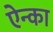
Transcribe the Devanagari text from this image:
ऐन्का